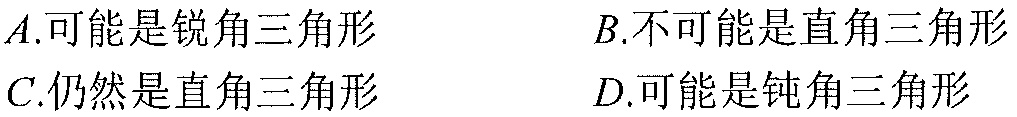
\(A.\)可能是锐角三角形 \(\qquad B.\)不可能是直角三角形
\(C.\)仍然是直角三角形 \(\qquad D.\)可能是钝角三角形